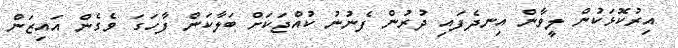
އިރުކޮޅަކުން ލީވާން އިނދެފައި ދުރުން ފެނުނު ކުއްޖަކަށް ބަލާކަން ފާހަގަ ވެގެން އައިޒަން